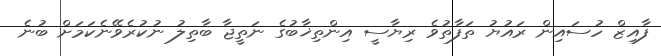
ފާއިޒް ހުސައިން ރައުޔު ތަފާތުވެ ރިޔާސީ އިންތިޚާބުގެ ނަތީޖާ ބާތިލު ނުކުރެވޭނެކަމަށް ބުނެ